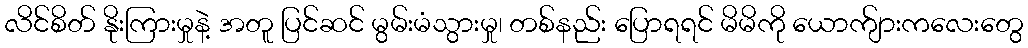
လိင်စိတ် နိုးကြားမှုနဲ့ အတူ ပြင်ဆင် မွမ်းမံသွားမှု၊ တစ်နည်း ပြောရရင် မိမိကို ယောက်ျားကလေးတွေ